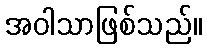
အဝါသာဖြစ်သည်။